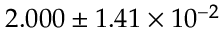
2 . 0 0 0 \pm 1 . 4 1 \times 1 0 ^ { - 2 }